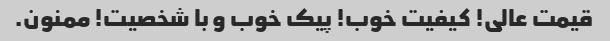
قیمت عالی! کیفیت خوب! پیک خوب و با شخصیت! ممنون.